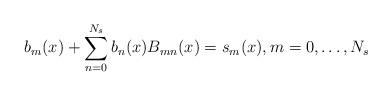
\begin{align*}b_{m}(x)+\sum_{n=0}^{N_{s}}b_{n}(x)B_{mn}(x)=s_{m}(x),m=0,\ldots,N_{s}\end{align*}